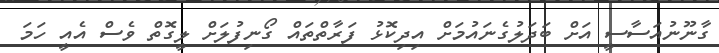
ގާނޫނުއަސާސީ އަށް ބަދަލުގެނައުމަށް އިދިކޮޅު ފަރާތްތައް ގޯނިފުލަށް ލީގޮތް ވެސް އެއީ ހަމަ